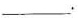
___.